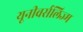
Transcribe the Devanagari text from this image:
यूनीवर्सलिज्म